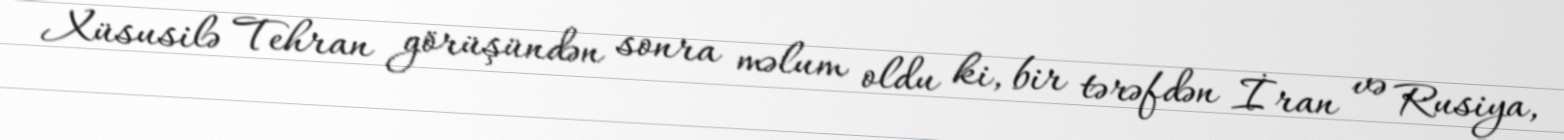
Xüsusilə Tehran görüşündən sonra məlum oldu ki, bir tərəfdən İran və Rusiya,